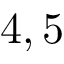
4 , 5